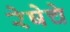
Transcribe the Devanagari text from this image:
रेषेचे